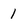
Character: 1